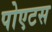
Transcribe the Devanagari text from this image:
पोएटस